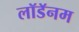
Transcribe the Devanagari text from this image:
लॉडॅनम